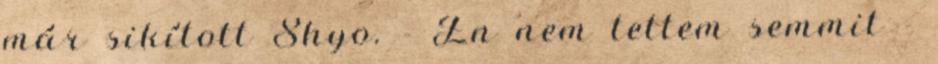
már sikított Shyo. - Én nem tettem semmit -